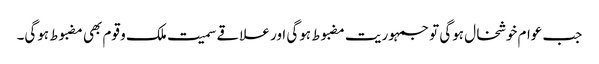
جب عوام خوشخال ہوگی تو جمہوریت مضبوط ہوگی اور علاقے سمیت ملک و قوم بھی مضبوط ہوگی۔